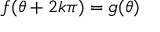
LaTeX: f ( \theta + 2 k \pi ) = g ( \theta )